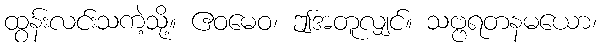
ထွန်းလင်းသကဲ့သို့။ ဧဝမေဝ၊ ဤအတူလျှင်။ သဗ္ဗရတနမယော၊